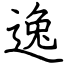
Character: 逸